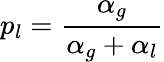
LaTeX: p_{l}=\frac{\alpha_{g}}{\alpha_{g}+\alpha_{l}}